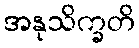
အနုသိက္ခတိ